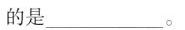
的是____。